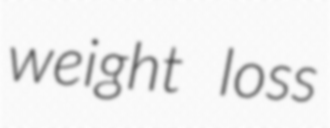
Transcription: weight loss